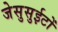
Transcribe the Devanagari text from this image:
जेसुसुईटों